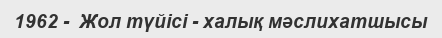
1962 -  Жол түйісі - халық мәслихатшысы